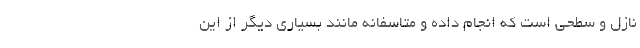
نازل و سطحی است که انجام داده و متاسفانه مانند بسیاری دیگر از این